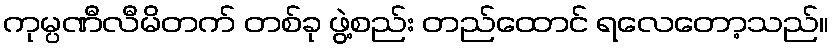
ကုမ္ပဏီလီမိတက် တစ်ခု ဖွဲ့စည်း တည်ထောင် ရလေတော့သည်။